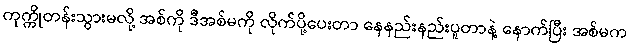
ကုက္ကိုတန်းသွားမလို့ အစ်ကို ဒီအစ်မကို လိုက်ပို့ပေးတာ နေနည်းနည်းပူတာနဲ့ နောက်ပြီး အစ်မက